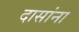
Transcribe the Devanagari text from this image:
दासांना